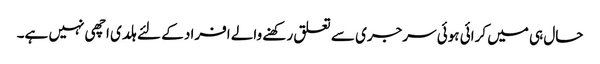
حال ہی میں کرائی ہوئی سرجری سے تعلق رکھنے والے افراد کے لئے ہلدی اچھی نہیں ہے۔